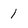
Character: 1